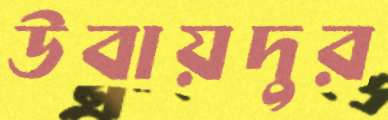
উবায়দুর